NAE_ERA_R-1992_EV_Ehitusministeerium, lk 26
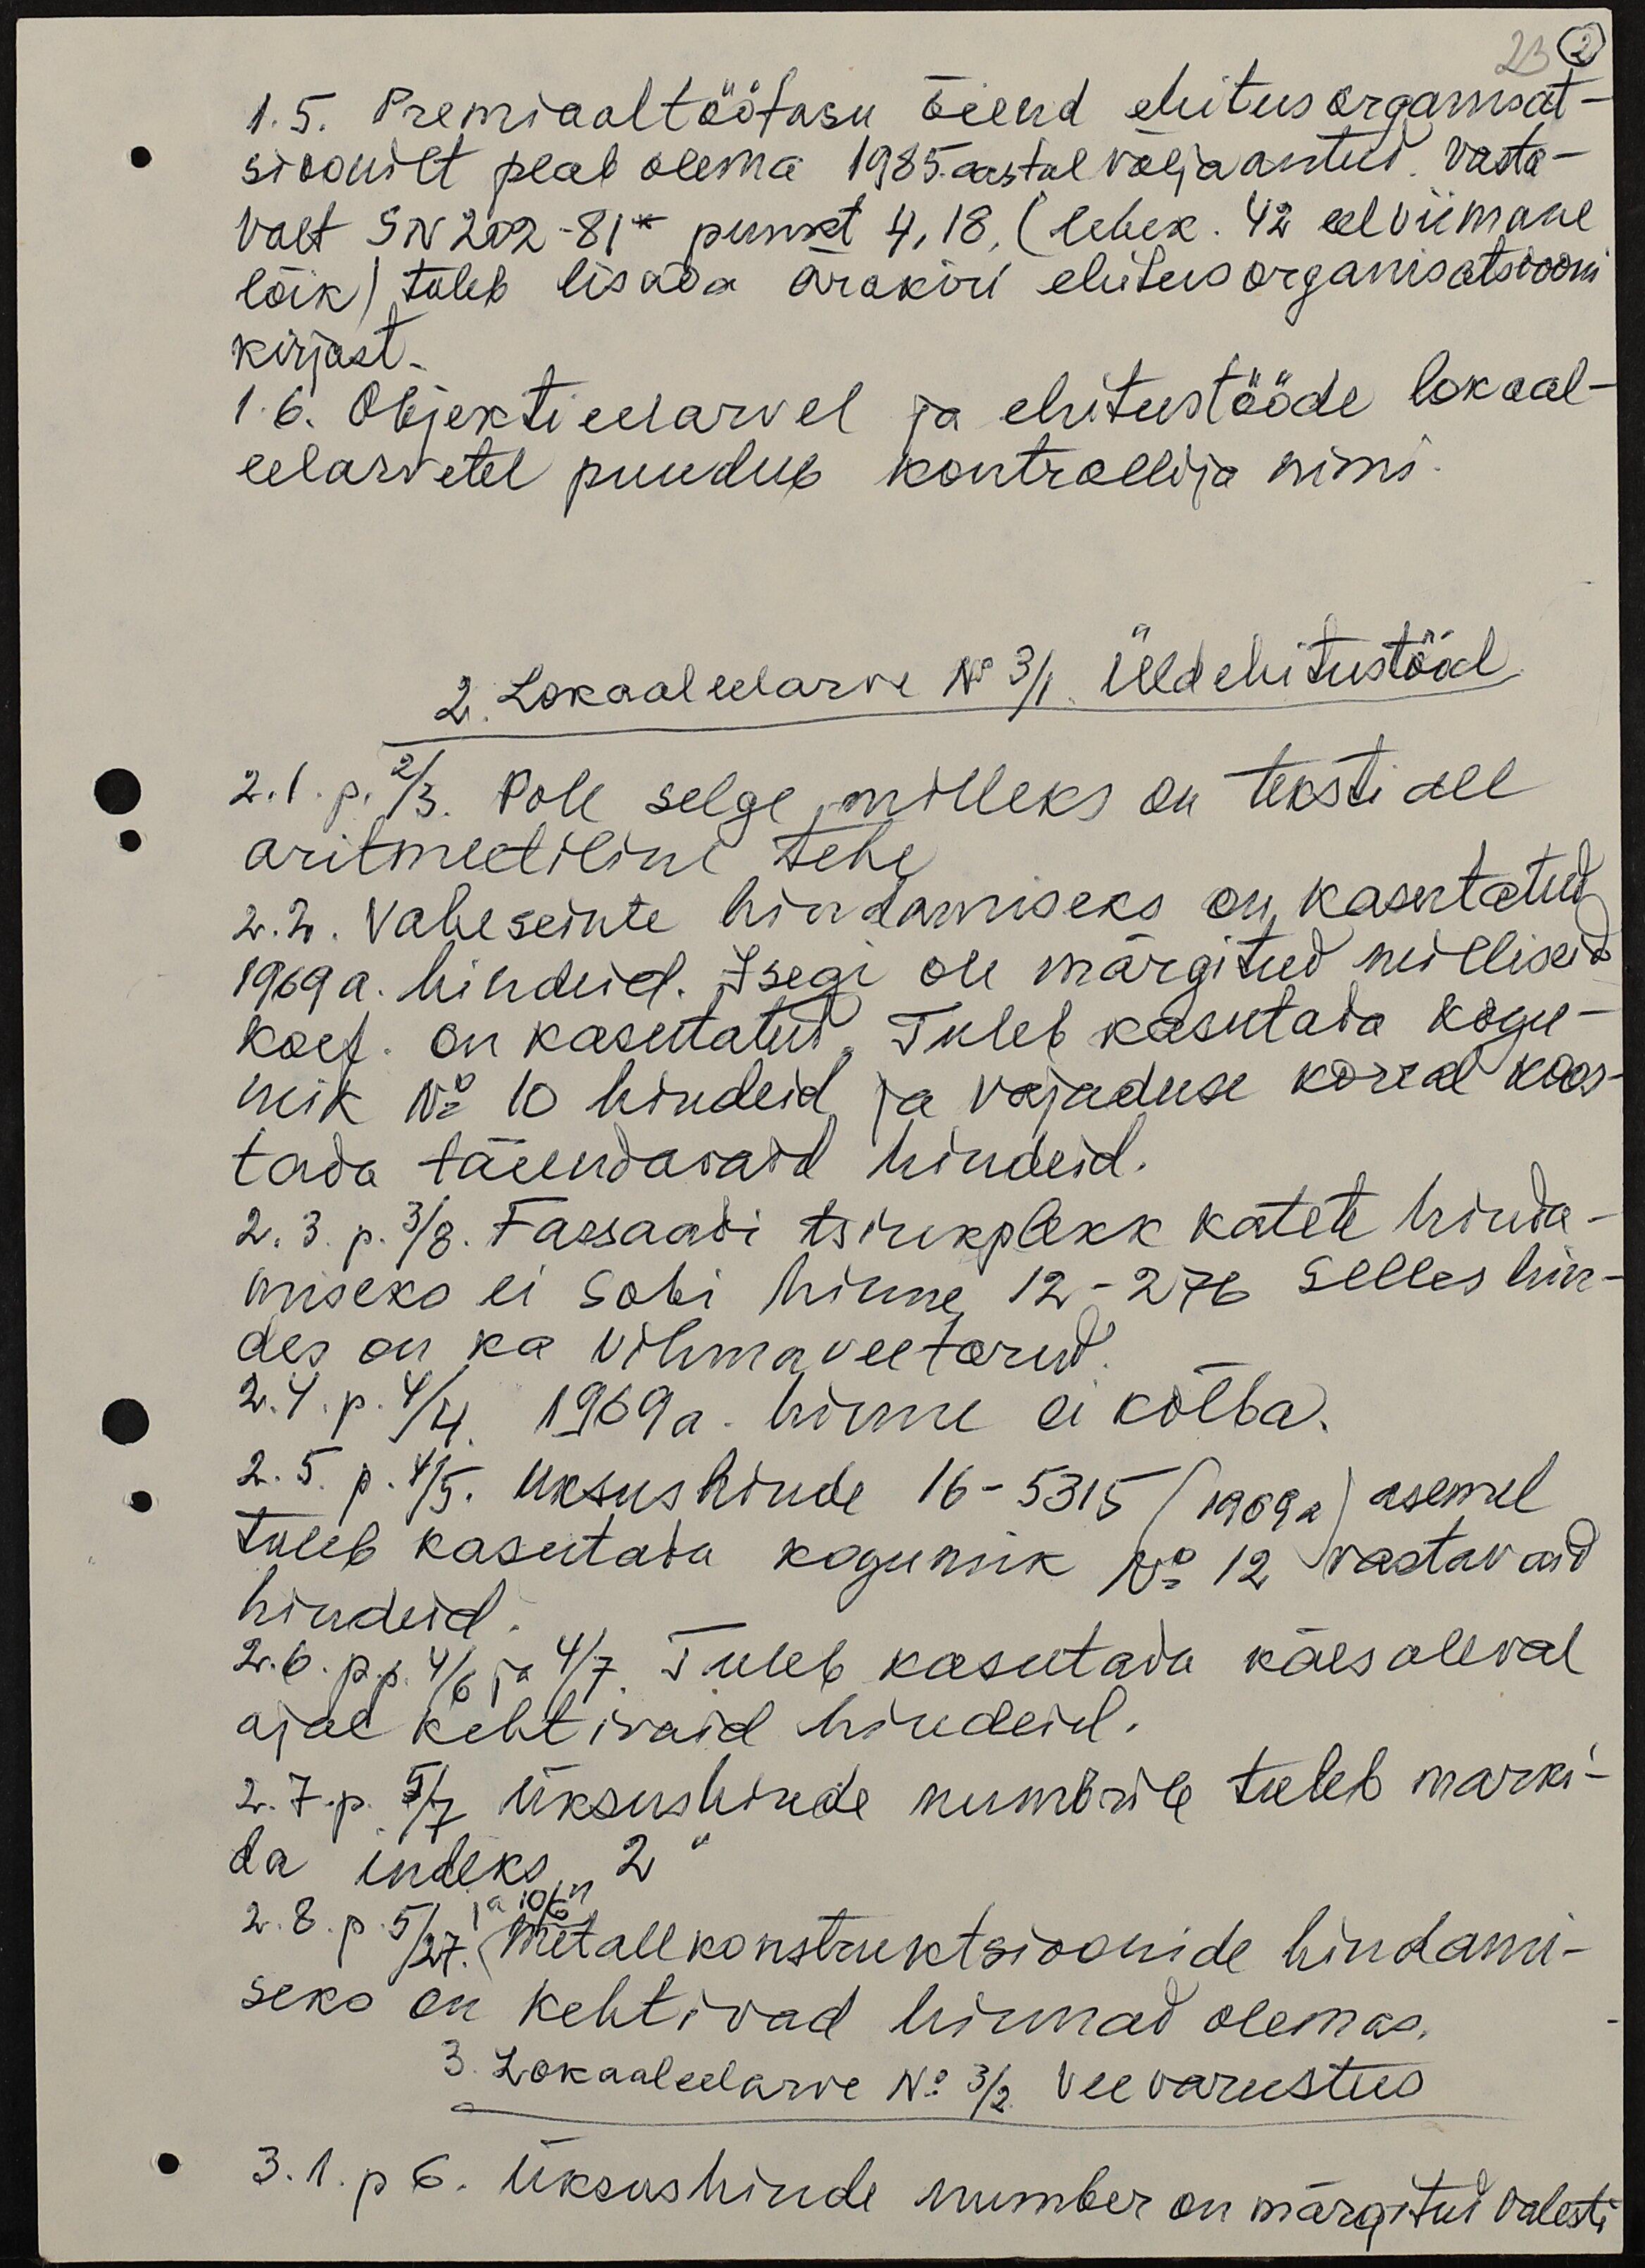
23 2
1.5. Premiaaltöötasu õiend ehitus organisat-
sioonilt peab olema 1985. aastal välja antud. Vasta-
valt SN 202-81* punkt 4.18. (lehek. 42 eelviimane
lõik) tuleb lisada ärakiri ehitus organisatsiooni
kirjast.
1 6. Objekti eelarvel ja ehitustööde lokaal-
eelarvetel puudub kontrollija nimi.
2. Lokaaleelarve No 3/1. Üldehitustööd
2.1. p. 2/3. Pole selge, milleks on teksti all
aritmeetiline tehe
2.2. Vaheseinte hindamiseks on kasutatud
1969 a. hindeid. Isegi on märgitud milliseid
koef. on kasutatud. Tuleb kasutada kogu-
mik No 10 hindeid ja vajaduse korral koos-
tada täiendavaid hindeid.
2.3. p. 3/8. Fassaadi tsinkplekk katete hinda-
miseks ei sobi hinne 12-276 selles hin-
des on ka vihmaveetorud.
2.4. p. 4/4 1969a. hinne ei kõlba.
2.5. p. 4/5. Üksushinde 16-5315 (1969a) asemel
tuleb kasutada kogumik No 12 vastavaid
hindeid
2.6. p.p. 4/6 ja 4/7 Tuleb kasutada käesoleval
ajal kehtivaid hindeid.
2.7. p. 5/7 üksushinde numbrille tuleb marki-
da indeks "2"
2.8. p. 5/27. metallkonstruktsioonide hindami-
seks on kehtivad hinnad olemas.
3. Lokaaleelarve No 3/2 Veevarustus
3.1. p 6. Üksushinde number on märgitud valesti